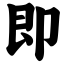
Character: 即